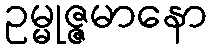
ဥမ္မုဇ္ဇမာနော